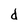
Character: d